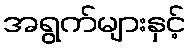
အရွက်များနှင့်